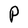
Character: P